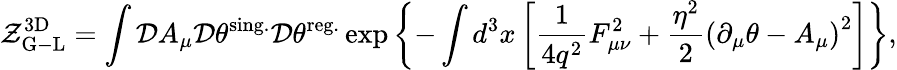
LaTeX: {\cal Z}_{\mathrm{G-L}}^{\mathrm{3D}}=\int{\cal D}A_{\mu}{\cal D}\theta^{\mathrm{sing.}}{\cal D}\theta^{\mathrm{reg.}}\exp\left\{ -\int d^{3}x\left[\frac{1}{4q^{2}}F_{\mu\nu}^{2}+\frac{\eta^{2}}{2}\left(\partial_{\mu}\theta-A_{\mu}\right)^{2}\right]\right\} ,